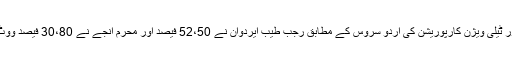
ٹرکش ریڈیو اور ٹیلی ویژن کارپوریشن کی اردو سروس کے مطابق رجب طیب ایردوان نے 52،50 فیصد اور محرم انجے نے 30،80 فیصد ووٹ حاصل کئے ۔